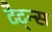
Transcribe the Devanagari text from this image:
टैट्न्स